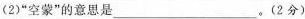
(2)“空蒙”的意思是___。(2分)